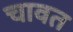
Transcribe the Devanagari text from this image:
चावत